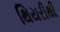
થિયરીથી